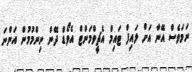
ނަމަވެސް އޭނާ އަށް ލައިފް ޓައިމް އެޗީވްމަންޓް އެވޯޑް ދޭން ނިންމުމުން އަންނަ